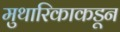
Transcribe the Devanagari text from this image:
मुथारिकाकडून